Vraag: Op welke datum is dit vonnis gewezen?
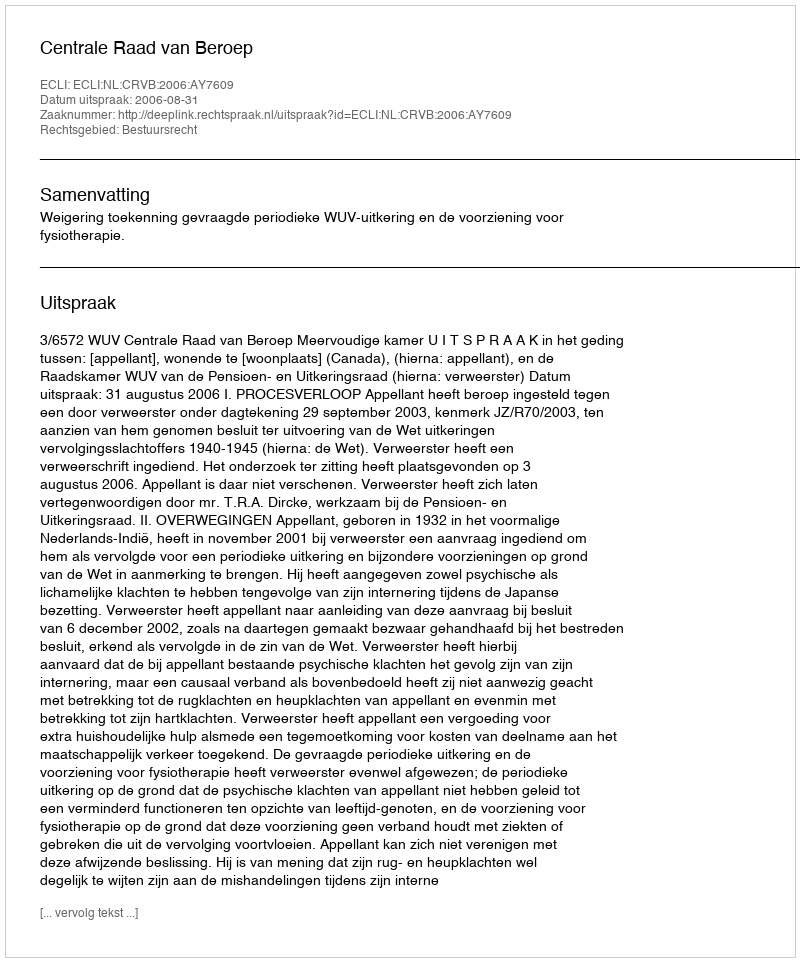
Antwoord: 2006-08-31